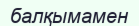
балқымамен